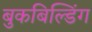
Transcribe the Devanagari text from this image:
बुकबिल्डिंग